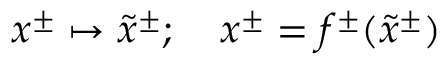
x ^ { \pm } \mapsto \tilde { x } ^ { \pm } ; ~ ~ ~ x ^ { \pm } = f ^ { \pm } ( \tilde { x } ^ { \pm } )